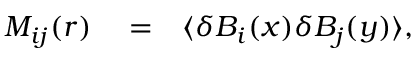
\begin{array} { r l r } { M _ { i j } ( r ) } & { { } = } & { \langle \delta B _ { i } ( \boldsymbol { x } ) \delta B _ { j } ( \boldsymbol { y } ) \rangle , } \end{array}